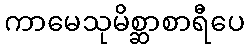
ကာမေသုမိစ္ဆာစာရီပေ